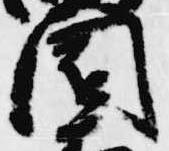
園